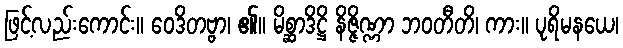
ဖြင့်လည်းကောင်း။ ဝေဒိတဗ္ဗာ၊ ၏။ မိစ္ဆာဒိဋ္ဌိ နိဇ္ဇိဏ္ဏာ ဘဝတီတိ၊ ကား။ ပုရိမနယေ၊